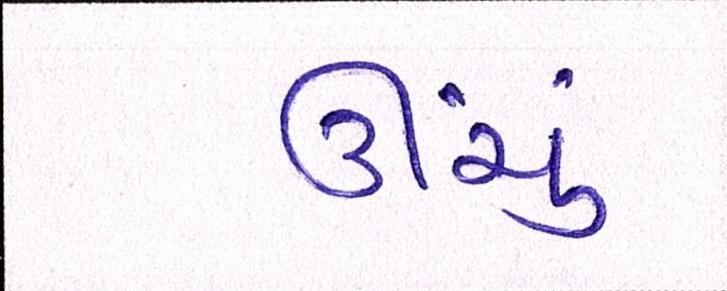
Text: ઊંચું